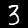
Label: 3